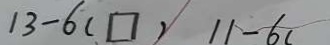
1 3 - 6 ( \square ) 1 1 - 6 (